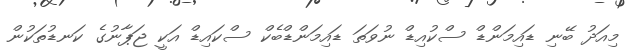
މިއަދު ބޭނި ޑައިމަންޑް ސްކުއިޑް ނުވަތަ ޑައިމަންޑްބެކް ސްކައިޑް އަކީ ޖަޕާނުގެ ކަނޑުތަކުން